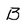
Character: B